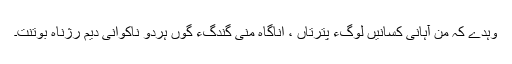
وہدے کہ من آہانی کسانیں لوگءَ پُترتاں ، اناگاہ منی گندگءَ گوں ہردو ناکوانی دیم رُژناہ بوتنت۔